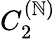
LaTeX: C_{2}^{(\mathbb{N})}